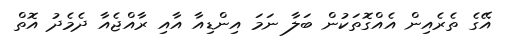
އޭގެ ތެރެއިން އެއްގޮތަކުން ބަލާ ނަމަ އިންޑިއާ އާއި ރާއްޖެއާ ދެމެދު އޮތް